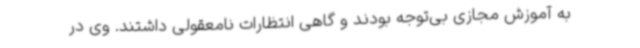
به آموزش مجازی بی‌توجه بودند و گاهی انتظارات نامعقولی داشتند. وی در